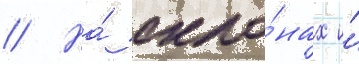
// На́ скло́нах и́